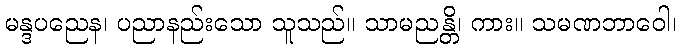
မန္ဒပညေန၊ ပညာနည်းသော သူသည်။ သာမညန္တိ၊ ကား။ သမဏဘာဝေါ၊